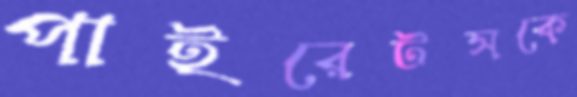
পাইরেটসকে